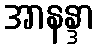
အာနန္ဒာ